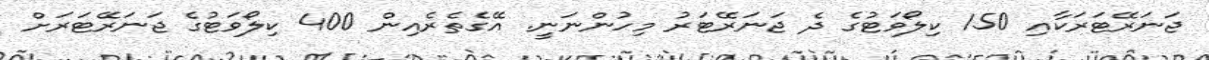
ޖަނަރޭޓަރަކާއި 150 ކިލޯވަޓުގެ ދެ ޖަނަރޭޓަރު މިހުންނަނީ. އޭގެތެރެއިން 400 ކިލޯވަޓުގެ ޖަނަރޭޓަރަށް